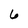
Character: 6